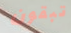
تبقون